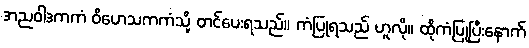
အညဝါဒကကံ ဝိဟေသကကံသို့ တင်ပေးရသည်။ ကံပြုရသည် ဟူလို။ ထိုကံပြုပြီးနောက်